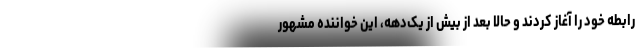
رابطه خود را آغاز کردند و حالا بعد از بیش از یک‌دهه، این خواننده مشهور